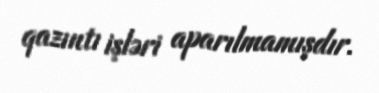
qazıntı işləri aparılmamışdır.